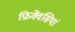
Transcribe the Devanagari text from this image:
फ्रिक्वेंसियां